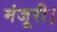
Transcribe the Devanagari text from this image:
मंजूरी।